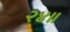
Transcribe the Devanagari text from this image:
२४॥